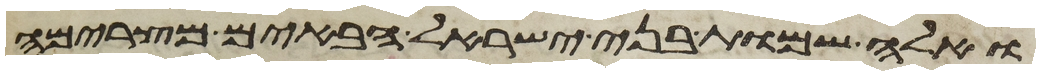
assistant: ואלה שמות בני ישראל הבאים מצרימה